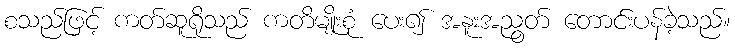
စသည်ဖြင့် ကတ်ဆူရိုသည် ကတိမျိုးစုံ ပေး၍ အနူးအညွတ် တောင်းပန်ခဲ့သည်။